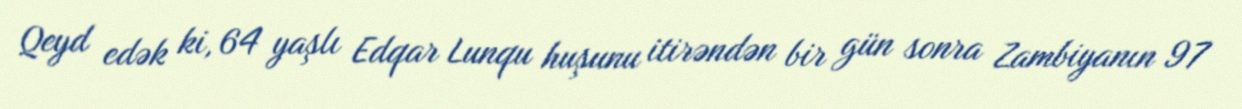
Qeyd edək ki, 64 yaşlı Edqar Lunqu huşunu itirəndən bir gün sonra Zambiyanın 97